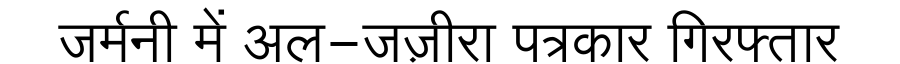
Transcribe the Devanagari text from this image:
जर्मनी में अल-जज़ीरा पत्रकार गिरफ्तार